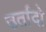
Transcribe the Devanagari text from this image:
उर्तादो